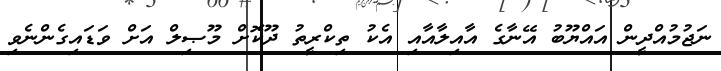
ނަޖުމުއްދީން އައްޔޫބު އޭނާގެ އާއިލާއާއި އެކު ތިކްރީތު ދޫކޮށް މޫޞިލް އަށް ވަޑައިގެންނެވި